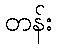
တန်း